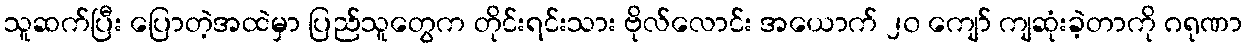
သူဆက်ပြီး ပြောတဲ့အထဲမှာ ပြည်သူတွေက တိုင်းရင်းသား ဗိုလ်လောင်း အယောက် ၂၀ ကျော် ကျဆုံးခဲ့တာကို ဂရုဏာ